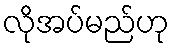
လိုအပ်မည်ဟု